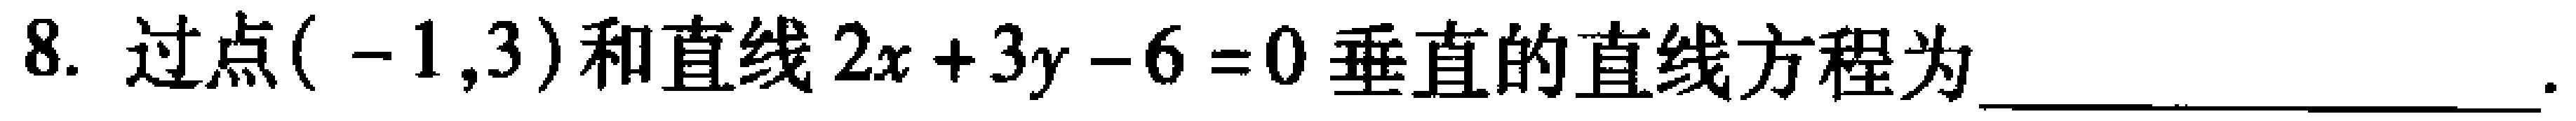
8. 过点\(( -1,3)\)和直线\(2x + 3y - 6 = 0\)垂直的直线方程为____________________.